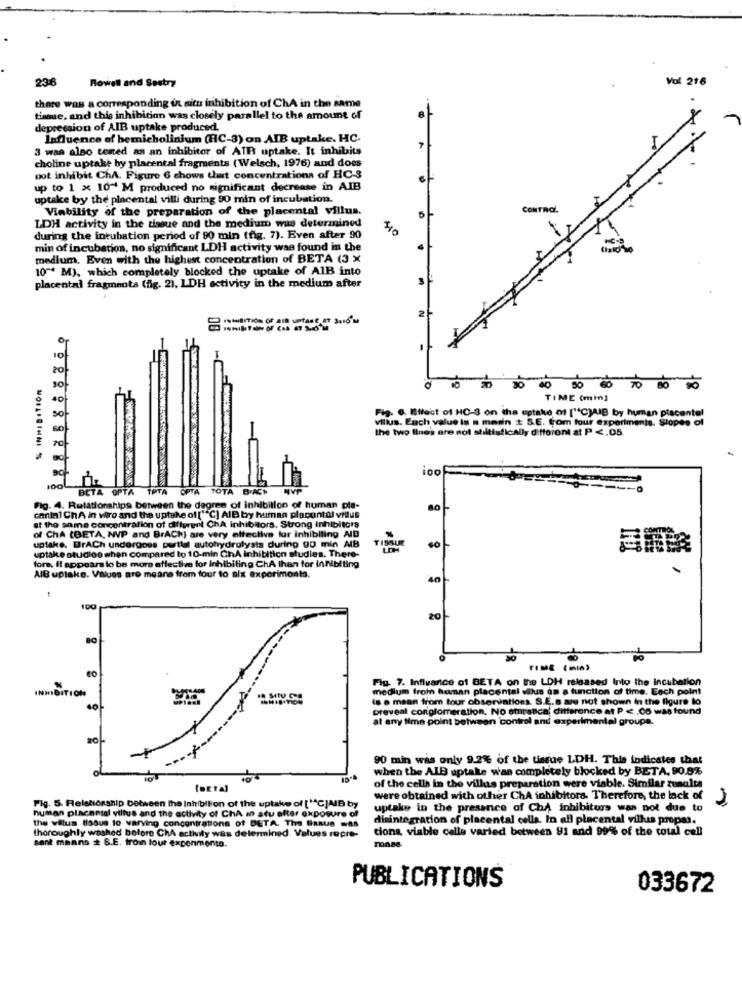
236
Val 216
Rowell and Sestry
there was a corresponding in situ inhibition of ChA in the same
tissue, and this inhibition was closely parallel to the amount of
depression of AIB uptake produced.
Influence of bemicholinium (HC-3) on AIB uptake. HC.
3 was also tested as an inhibitor of AIR uptake. It inhibits
choline uptake by placental fragments (Welsch, 1976) and does
pot inhibit ChA. Figure 6 shows that concentrations of HC-3
up to 1 x 10~ M produced no significant decrease in AIB
uptake by the placental villi during 90 min of incubation.
Viability of the preparation of the placental villus.
CONTROL
LDH activity in the tissue and the medium was determined
$10
during the intubation period of 90 min (fig. 7). Even after 90
min of incubation, no significant LDH activity was found in the
medium. Even with the highest concentration of BETA (3 X
10" M), which completely blocked the uptake of AIB into
placentai fragments (fig. 2), LDH activity in the medium after
40 80 80 TO 80 50
TIME (min)
villus. Each value is a main t S.E. from four experiments. Slopes of
Fig. 6. Effect of HC-3 on the uptake of [1ºC)AIB by human placentel
the two lines are not statistically different at P <. 05.
MOLLIEINNI %
OPTA TOTA B.AGP
BETA OPTA
Fig. 4. Relationships between the degree of inhibition of human pie-
cantal ChA in wire and the uptake of [""C] AIB by human placontol villus
at the anme concentration of different ChA inhibitors. Strong Inhibitora
of ChA (BETA, NVP and BrAChi are very effective for inhibiting AID
TISSUE
SÓ
uptake. BrACh undergoes portlal autohydrolysis during 00 min AIB
uptake studios when compared to 10-min ChA inhibition studies. There-
LOH
fore, Il appears to be more effective for Inhibiting ChA than for Inhibiting
AIB uplake. Values are means from four to aix experimenta.
100
20
BO
Fig. 7. Infivance of BETA on the LDH released Into the Incubation
INHIBITION
medium from hunan placental willus da a function of time. Each point
is e maan from tour observations. S.E.s are not shown in the figure to
preveal conglomeration, No empatica, difference at P < . 08 was found
at any time point between control and experimental groups.
90 min was only 9.2% of the tissue LDH. This indicates that
when the ALB aptake was completely blocked by BETA, 90.8%
forral
of the cells in the villus preparation were viable. Similar zusalta
were obtained with other ChA inhibitors. Therefore, the lack of
Fig. 5. Relationship between the Inhibition of the uptake of [1ªCJAIB by
human placensal villus and the activity of ChA mn stu after exposure of
uptake in the presence of Chy inhibitors was not due to
the villus tissue to varying concentrations of DETA. The tissue was
disintegration of placental cells. In all placental villus propas.
thoroughly washed before ChA activity was determined. Values repre-
cions, viable calle varied between 91 and 99% of the total cell
sent manns # 8.E. troi tour experimento.
ronss.
PUBLICATIONS
033672